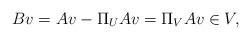
LaTeX: \begin{align*}Bv = Av - \Pi_U A v = \Pi_V A v \in V,\end{align*}